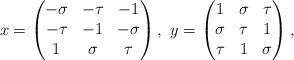
LaTeX: \begin{align*}x=\begin{pmatrix} -\sigma & -\tau & -1\\-\tau & -1 &-\sigma\\ 1 & \sigma& \tau \end{pmatrix}, \ y=\begin{pmatrix} 1 &\sigma&\tau \\ \sigma& \tau & 1\\ \tau & 1 & \sigma \end{pmatrix},\end{align*}